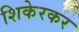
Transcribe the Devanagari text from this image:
शिकेरकर